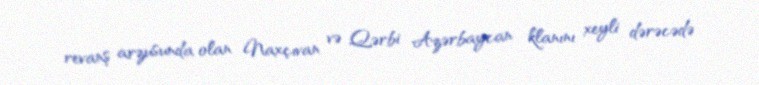
revanş arzusunda olan Naxçıvan və Qərbi Azərbaycan klanını xeyli dərəcədə